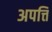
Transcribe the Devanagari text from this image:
अपत्ति